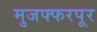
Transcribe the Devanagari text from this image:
मुजफ्फरपूर